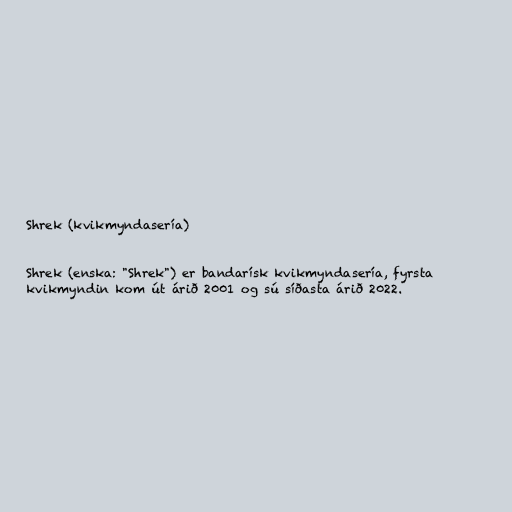
Shrek (kvikmyndasería)

Shrek (enska: "Shrek") er bandarísk kvikmyndasería, fyrsta
kvikmyndin kom út árið 2001 og sú síðasta árið 2022.